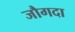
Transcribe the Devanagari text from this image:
जौगदा